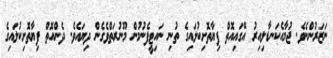
ނަޒަރުންނެވެ. ޖުމާއެކަނޑާލިއިރު އޭގައިއޮތް ފިޔާތޮށިކުލައިގެ ތުނި ނައިޓީފެނުމުން މޫނުރަތްވެގެން ދިޔައެވެ. ދެންއޮތް ފިޔާތޮށިކުލައިގެ